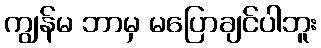
ကျွန်မ ဘာမှ မပြောချင်ပါဘူး